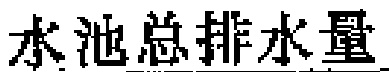
水池总排水量